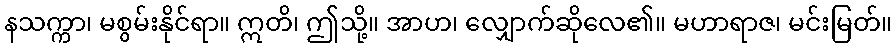
နသက္ကာ၊ မစွမ်းနိုင်ရာ။ ဣတိ၊ ဤသို့။ အာဟ၊ လျှောက်ဆိုလေ၏။ မဟာရာဇ၊ မင်းမြတ်။